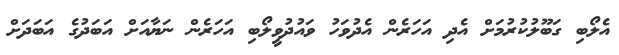
އެލޯބި ގަބޫލުކުރުމަށް އެދި އަހަރެން އެދުވަހު ވައުދުވީލޯބި އަހަރެން ނަޔާއަށް އަބަދުގެ އަބަދަށް